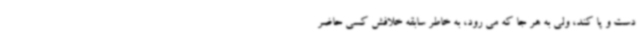
دست و پا کند، ولی به هر جا که می رود، به خاطر سابقه خلافش کسی حاضر